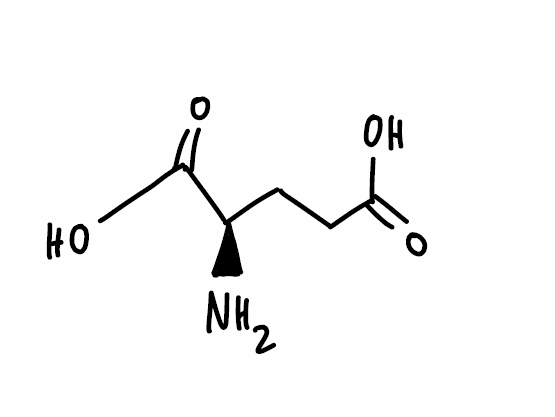
Simplified molecular-input line-entry system (SMILES) notation of the given molecule:
C(CC(=O)O)[C@H](C(=O)O)N